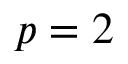
p = 2